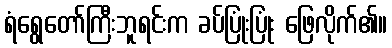
ရံရွေတော်ကြီးဘူရင်းက ခပ်ပြုံးပြုံး ဖြေလိုက်၏။